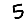
Digit: 5